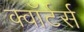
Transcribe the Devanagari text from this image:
क्वॉर्टर्स